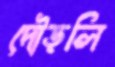
দৌড়লি